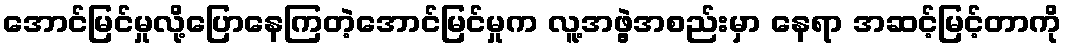
အောင်မြင်မှုလို့ပြောနေကြတဲ့အောင်မြင်မှုက လူ့အဖွဲ့အစည်းမှာ နေရာ အဆင့်မြင့်တာကို